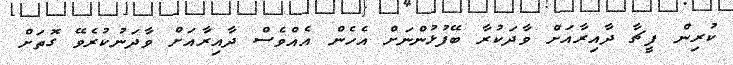
ކުރިން ފީޗާ ދާއިރާއަށް ވާދަކުރާ ބޭފުޅުންނަށް އެހެން އެއްވެސް ދާއިރާއަށް ވާދަނުކުރެވޭ ގޮތަށް